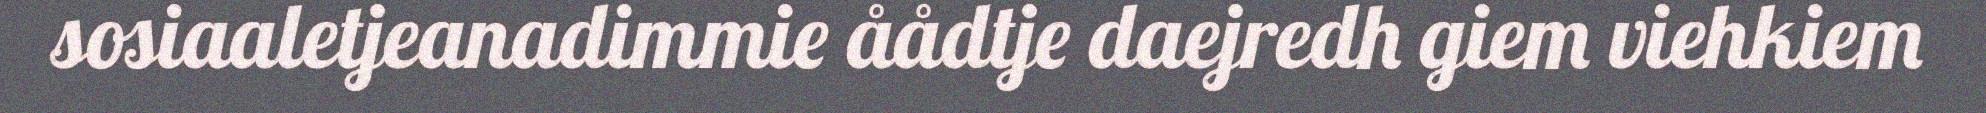
sosiaaletjeanadimmie åådtje daejredh giem viehkiem